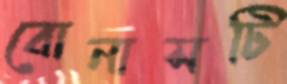
বোনাসটি